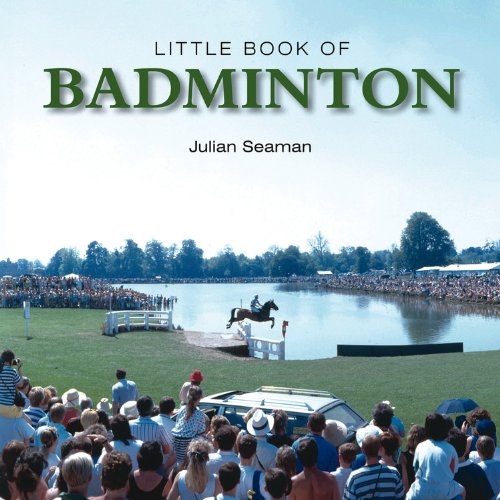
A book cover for Little Book of Badminton (Little Books); Julian Seaman; Sports & Outdoors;